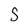
Character: s